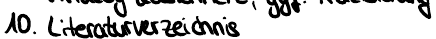
10. Literaturverzeichnis